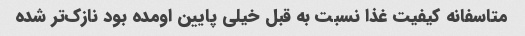
متاسفانه کیفیت غذا نسبت به قبل خیلی پایین اومده بود نازک‌تر شده